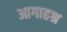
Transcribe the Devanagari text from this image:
आगाहश्र